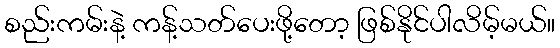
စည်းကမ်းနဲ့ ကန့်သတ်ပေးဖို့တော့ ဖြစ်နိုင်ပါလိမ့်မယ်။